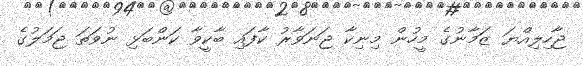
ޖާހިލިއްޔަ ޒަމާނުގެ މީހުން މިނިކާ ޖަނަވާރު ކާފައި ބާކީވާ ކަންބަޅި ނުވަތަ ޖަމަލުގެ